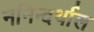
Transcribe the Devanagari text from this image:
ननिन्दर्थाल